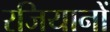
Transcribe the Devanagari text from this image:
रजियानों